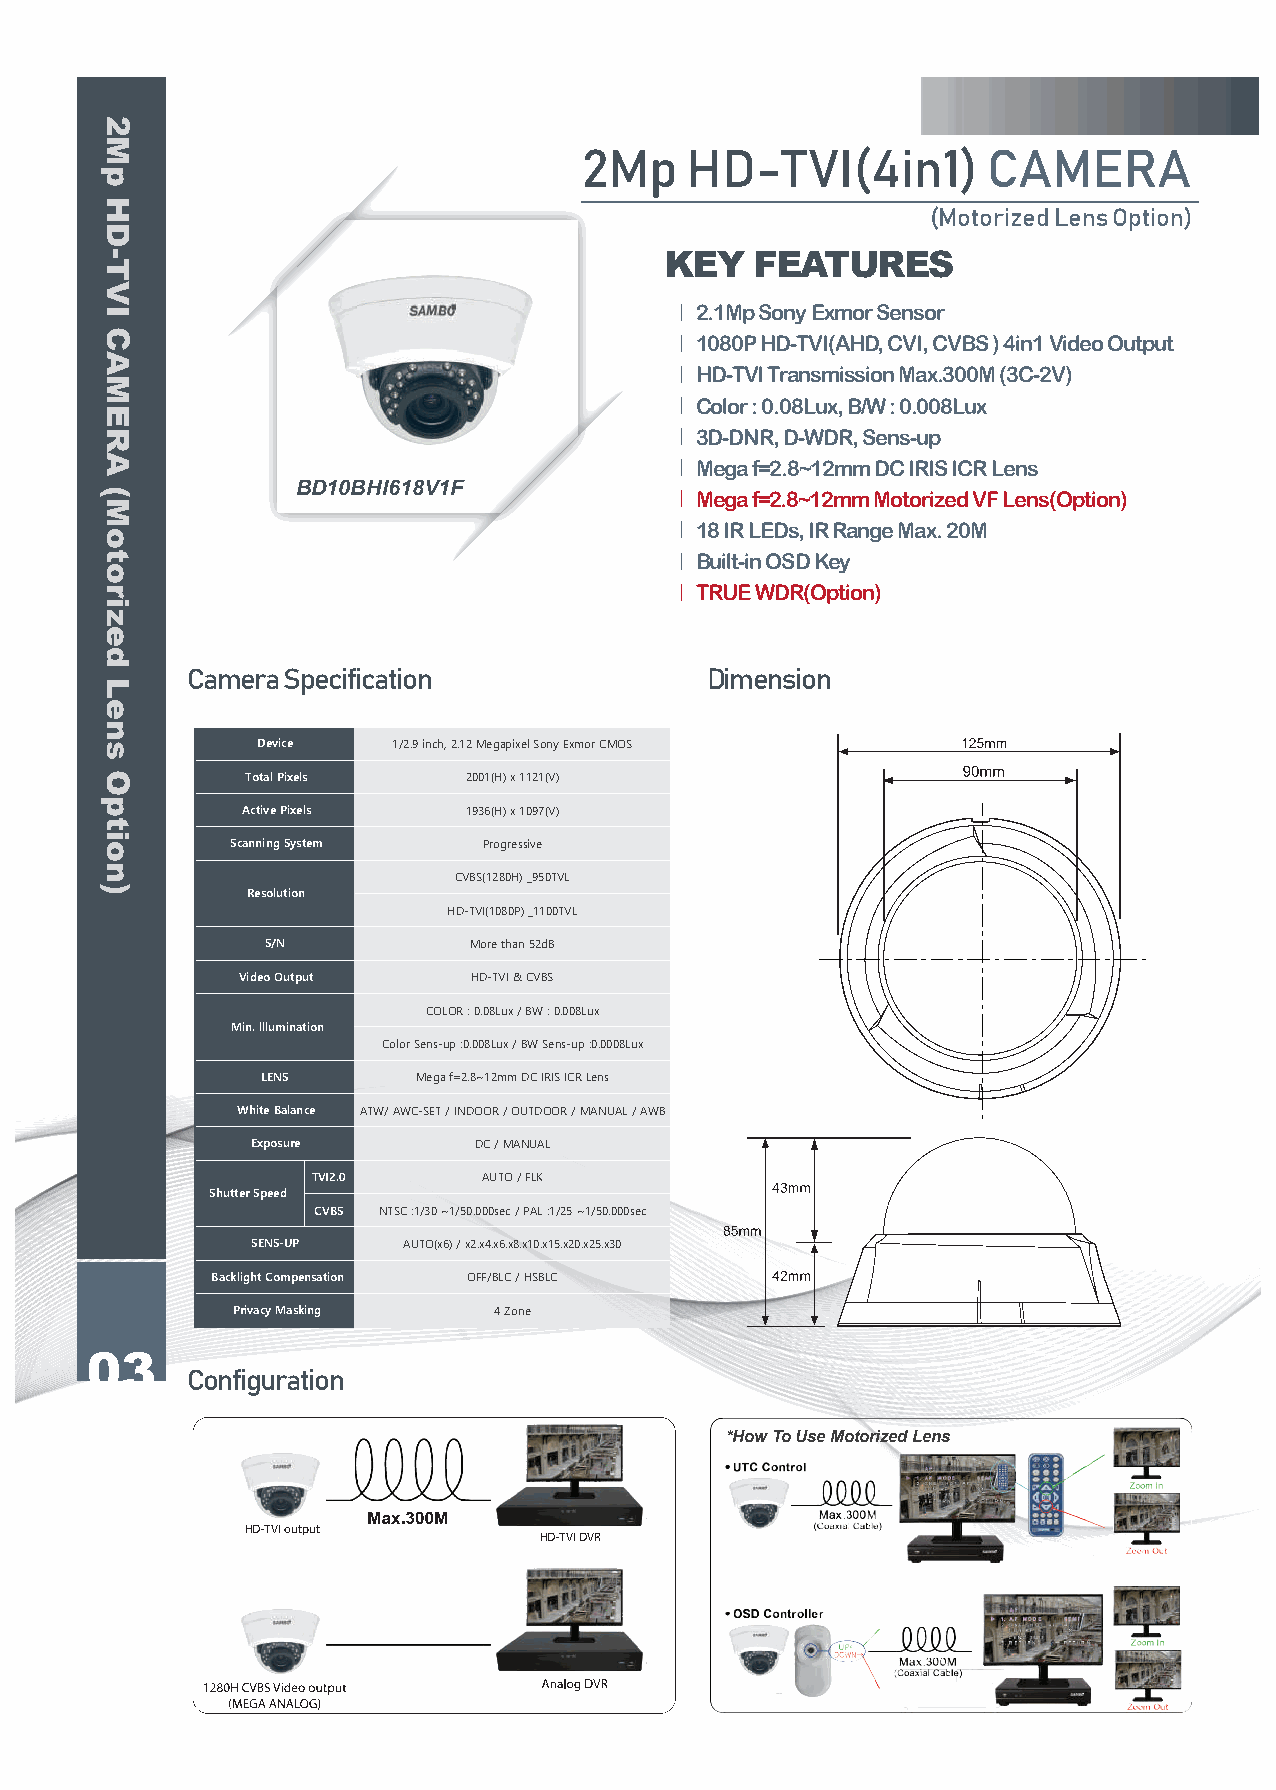
2Mp   HD-TVI(4in1)        CAMERA
 (Motorized Lens Option)
 KEY   FEATURES
 ｜2.1Mp Sony Exmor Sensor
 ｜1080P HD-TVI(AHD, CVI, CVBS ) 4in1 Video Output
 ｜HD-TVI Transmission Max.300M (3C-2V)
 ｜Color : 0.08Lux, B/W : 0.008Lux
 ｜3D-DNR, D-WDR, Sens-up
 ｜Mega f=2.8~12mm DC IRIS ICR Lens
 BD10BHI618V1F            ｜Mega f=2.8~12mm Motorized VF Lens(Option)
 ｜18 IR LEDs, IR Range Max. 20M
 ｜Built-in OSD Key
 ｜TRUE WDR(Option)
 Camera Specification               Dimension
 Device   1/2.9 inch, 2.12 Megapixel Sony Exmor CMOS
 Total Pixels   2001(H) x 1121(V)
 Active Pixels  1936(H) x 1097(V)
 Scanning System  Progressive
 CVBS(1280H) _950TVL
 Resolution
 HD-TVI(1080P) _1100TVL
 S/N          More than 52dB
 Video Output   HD-TVI & CVBS
 COLOR : 0.08Lux / BW : 0.008Lux
 Min. lllumination
 Color Sens-up :0.008Lux / BW Sens-up :0.0008Lux
 LENS       Mega f=2.8~12mm DC IRIS ICR Lens
 White Balance ATW/ AWC-SET / INDOOR / OUTDOOR / MANUAL / AWB
 Exposure      DC / MANUAL
 TVI2.0     AUTO / FLK
 Shutter Speed
 CVBS NTSC :1/30 ~1/50.000sec / PAL :1/25 ~1/50.000sec
 SENS-UP   AUTO(x6) / x2.x4.x6.x8.x10.x15.x20.x25.x30
 Backlight Compensation OFF/BLC / HSBLC
 Privacy Masking   4 Zone
 03
 Configuration
 *How To Use Motorized Lens
 HD-TVI output
 HD-TVI DVR
 2Mp
 HD-TVI
 CAMERA
 (Motorized
 Lens
 Option)